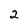
Character: 2